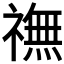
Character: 𫞶